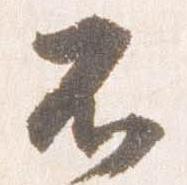
不